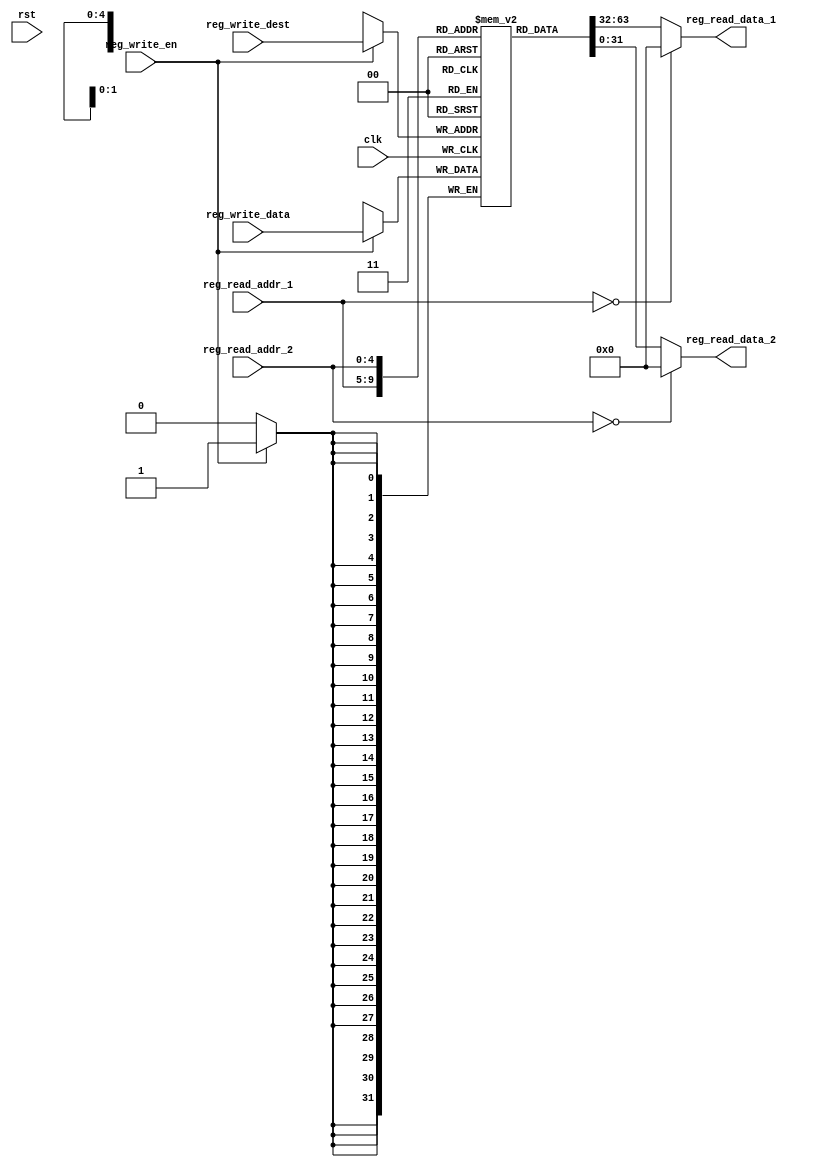
module regis
	( input clk,
	input rst,
	// write port
	input reg_write_en,
	input [4:0] reg_write_dest,
	input [31:0] reg_write_data,
	//read port 1
	input [4:0] reg_read_addr_1,
	output [31:0] reg_read_data_1,
	//read port 2
	input [4:0] reg_read_addr_2,
	output [31:0] reg_read_data_2
	);
	reg [31:0] reg_array [31:0];
	reg [5:0] k;
	initial begin
		for (k = 0; k <32; k = k + 1) begin
			reg_array[k] = 32'd0;
			end
		end
	assign reg_read_data_1 = ( reg_read_addr_1 == 0)? 32'd0 : reg_array[reg_read_addr_1];
	assign reg_read_data_2 = ( reg_read_addr_2 == 0)? 32'd0 : reg_array[reg_read_addr_2];
	always @ (posedge clk) begin
		if(reg_write_en) begin
			reg_array[reg_write_dest] <= reg_write_data;
			end
		end
endmodule